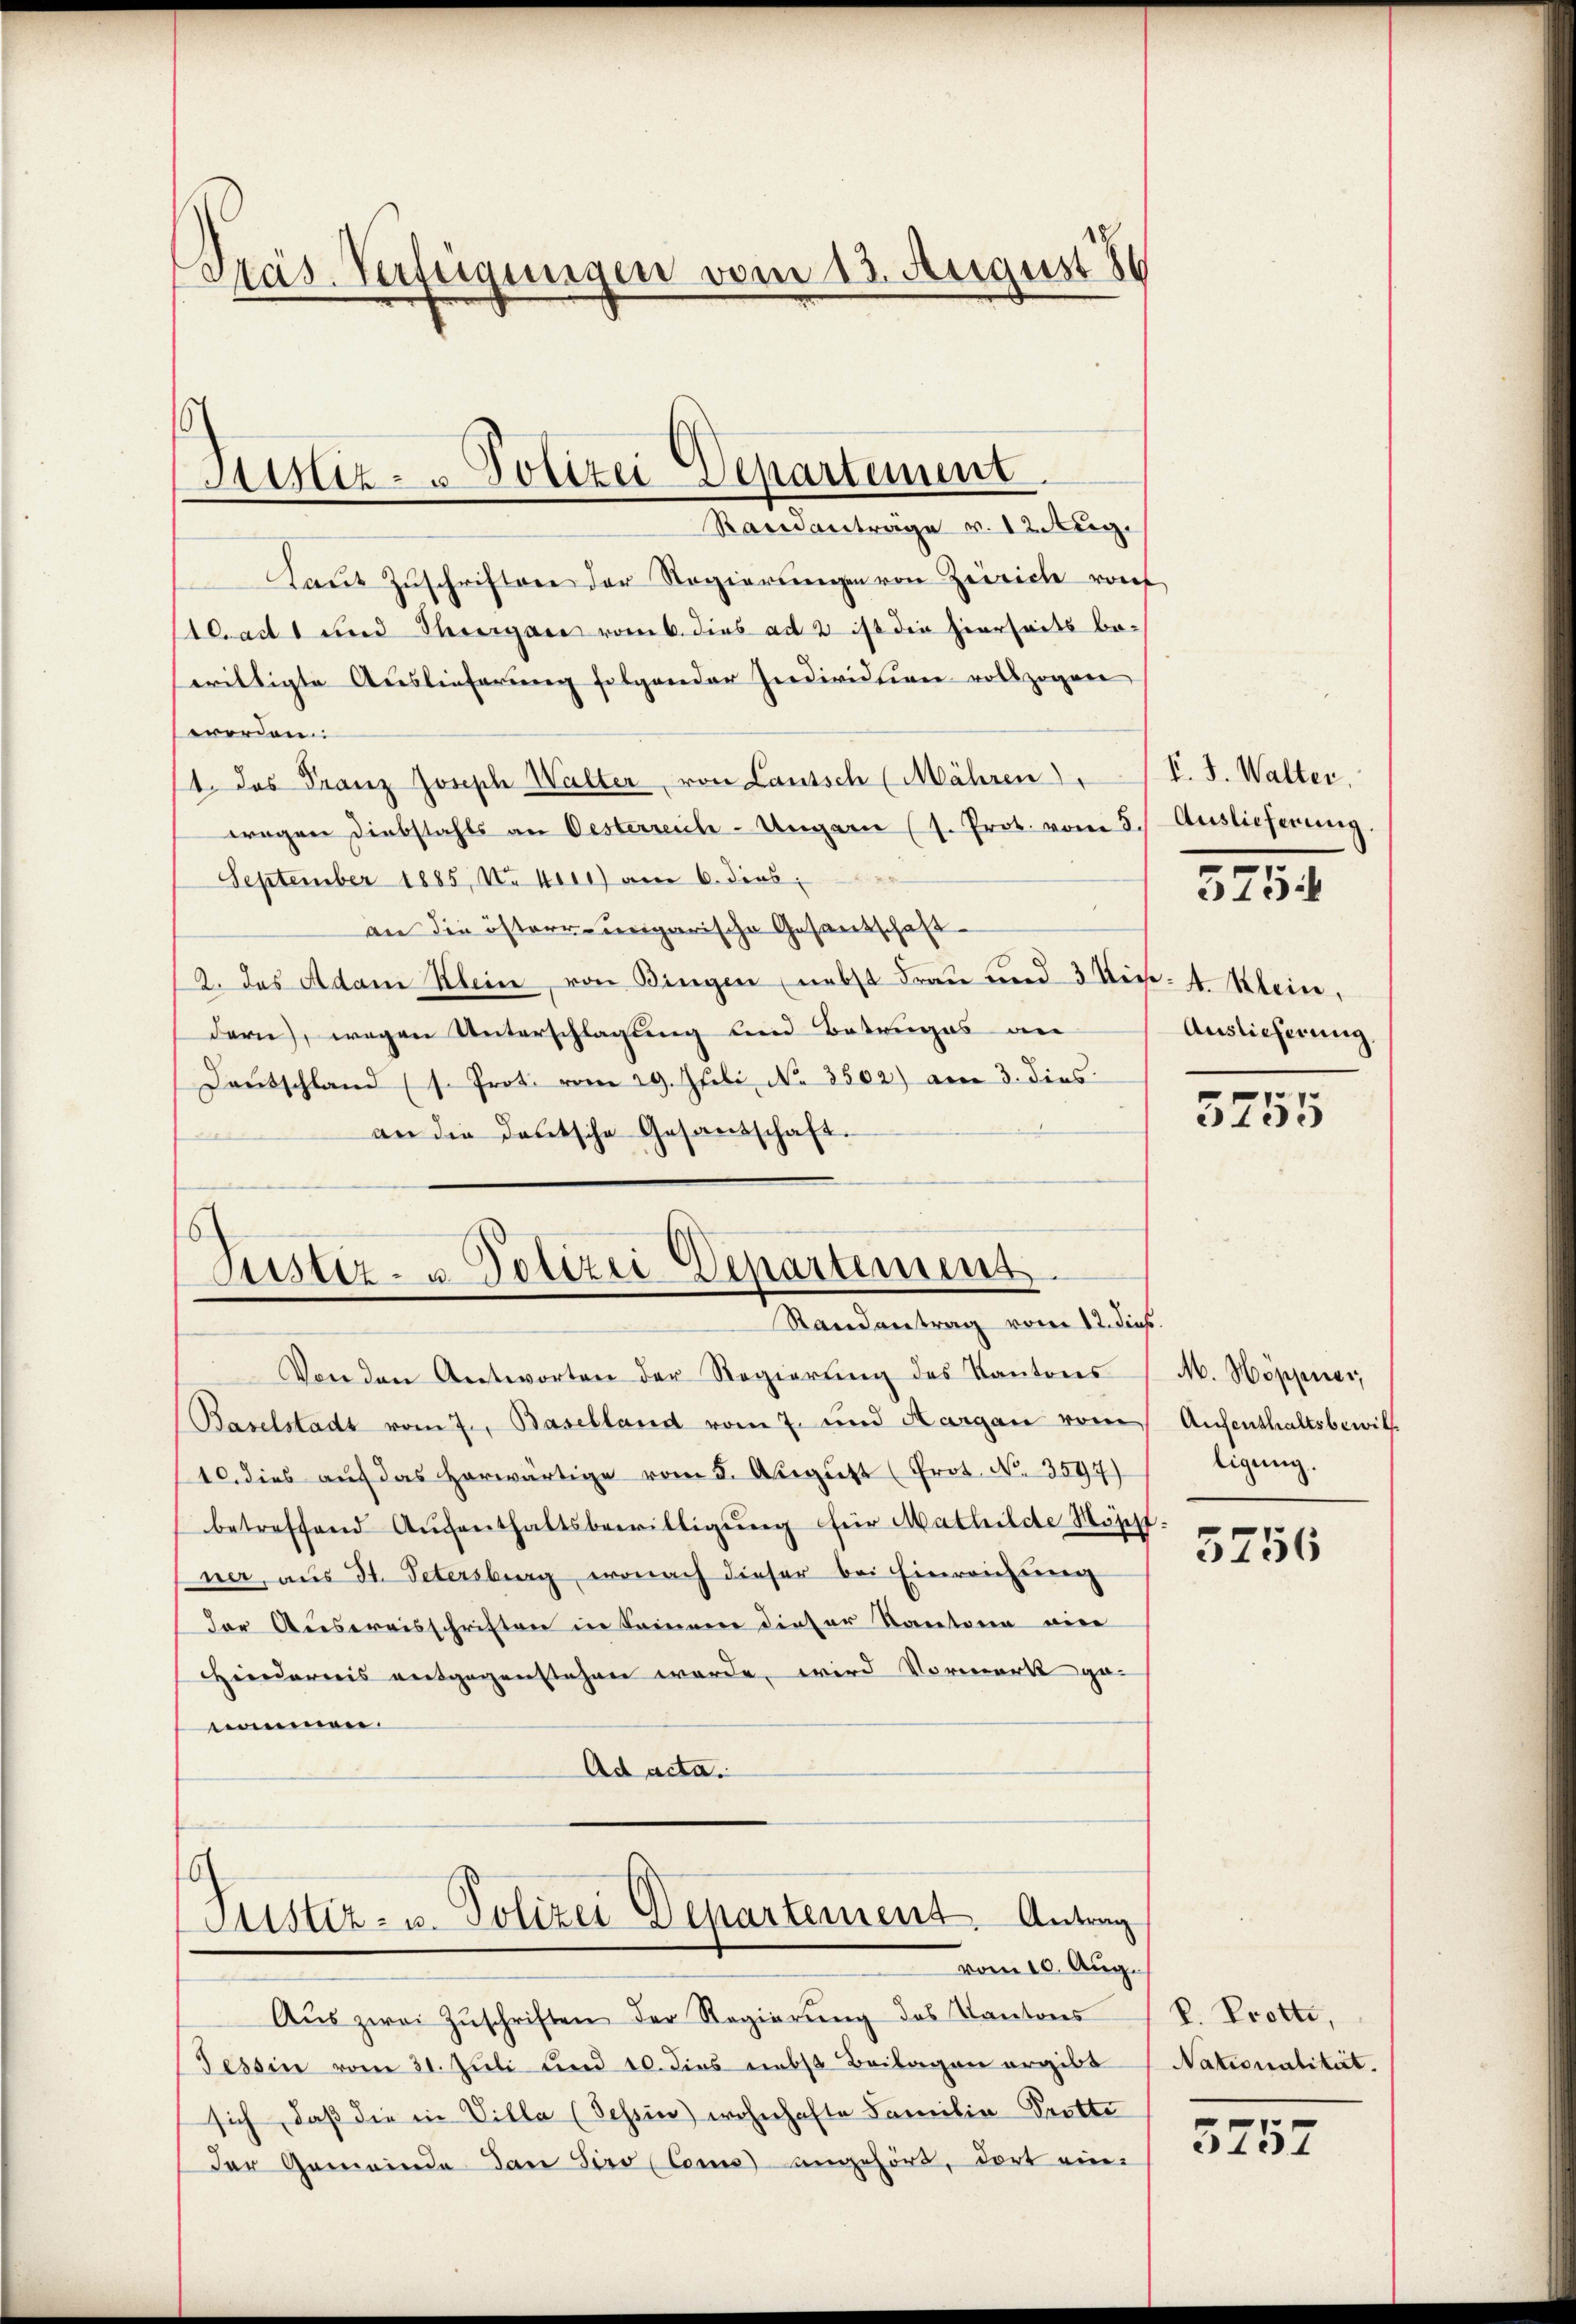
Gräs-Verfügungen vom 13. August 8

Laŭt Zŭschriften der Regierŭngen von Zürich von
Abad 1 und Thiergares vom 6. dies ad 2 ist die hierseits be-
serittigte Auslieferung folgender Individtion vollzogen
worden.
1. Das Franz Joseph Walter von Lautsch (Mähren   P. J. Walter,
wegen Diebstahls an Oesterreich-Ungarn (s. Prot. vom 5. Auslieferung
September 1885, Neuere) am 6. dies
an die österrungarische Gesandschaft¬
2. das Adam Klein, von Bingen (nebst Frau und 3 die 4. Klein.
dern, wegen Unterschlagung und Betruges an
Daŭtschland (s. Prot. vom 29. Juli, N. 3502) am 3. dies
an die deutsche Gesandschaft.

Justiz- & Polizei Departement
Randanträge v. 12. Aug.

Justiz- u. Polizei Departement
Randantrag vom 12. dies

(Justiz- u. Polizei Departement. Antrag
vom 10. Aug.

Aŭs zwei Zŭschriften der Regierŭng des Kantons
Tessin vom 31. Juli und 10. dies nebst Beilagen ergibt
sich, daß die in Villa (Tessin) wohnhafte Familie Prette
Der Gemeinde dan Siro (Coms angehört, dort eine

Von den Antworten der Regierung des Kantons
Baselstadt vom 7. Baselland vom 7. und Aargau vom
10. dies aŭf das herwärtige vom 5. August (Prot. N. 3594)
betreffend Aŭfenthaltsbewilligŭng für Mathilde Möscht
ner, aus St. Petersburg, wonach dieser bei Einreichung
der Ausweisschriften in Seinen dieser Kantoren eine
Hindernis entgegenstehen werde, wird Vormerk ge-
nommen.
Ad acta.

5754

Auslieferung

5755

M. Höppner,
Aufenthaltsbewill.
ligung.

3756

V. Trotto,
Nationalität.

5757